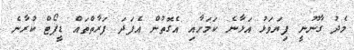
މެދު ގާނޫނީ ފިޔަވަޅު އަޅާނެ ކަމަށާއި އެގޮތުން އެފަދަ ފަރާތްތައް ޑީޕޯޓް ކުރާނެ